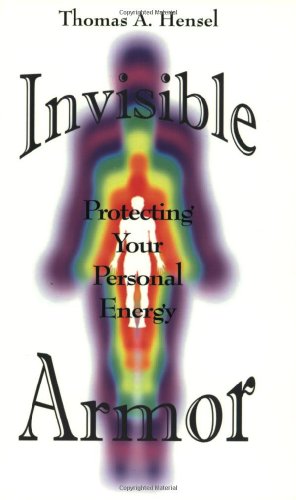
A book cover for Invisible Armor: Protecting Your Personal Energy; Thomas A. Hensel; Self-Help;